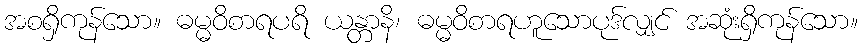
အစရှိကုန်သော။ ဓမ္မဝိစာရပရိ ယန္တာနိ၊ ဓမ္မဝိစာရဟူသောပုဒ်လျှင် အဆုံးရှိကုန်သော။